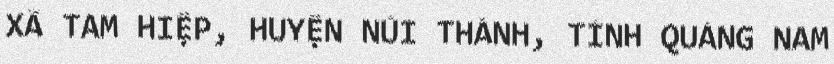
XÃ TAM HIỆP, HUYỆN NÚI THÀNH, TỈNH QUẢNG NAM